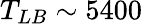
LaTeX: T_{LB}\sim 5400